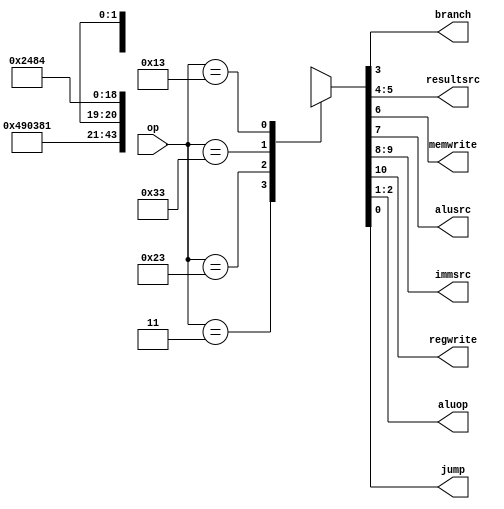
module main_decoder (
   op,
   branch,
   resultsrc,
   memwrite,
   alusrc,
   immsrc,
   regwrite,
   aluop,
   jump
);

input    [6:0]  op;
output          branch;
output   [1:0]  resultsrc;
output          memwrite;
output          alusrc;
output   [1:0]  immsrc;
output          regwrite;
output   [1:0]  aluop;
output          jump;

//=== Wire's, reg's and etc... ===
reg    [10:0]      control_signals;

//=== Assignments ===
assign {regwrite, immsrc, alusrc, memwrite, resultsrc, branch, aluop, jump} = control_signals;

//=== Logic section ===
always @ (*)
begin
   case(op)
      //RegWrite_ImmSrc_ALUSrc_MemWrite_ResultSrc_Branch_ALUOp_Jump
      7'b0000011: control_signals = 11'b1_00_1_0_01_0_00_0; // lw
      7'b0100011: control_signals = 11'b0_01_1_1_00_0_00_0; // sw
      7'b0110011: control_signals = 11'b1_xx_0_0_00_0_10_0; // Rtype
      7'b0010011: control_signals = 11'b1_00_1_0_00_0_10_0; // addi, andi
      default: control_signals = 11'bx_xx_x_x_xx_x_xx_x;    // ???
   endcase
end   
endmodule